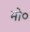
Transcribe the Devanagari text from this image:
मो०